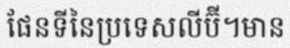
ផែនទីនៃប្រទេសលីប៊ី។មាន